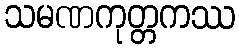
သမဏကုတ္တကဿ